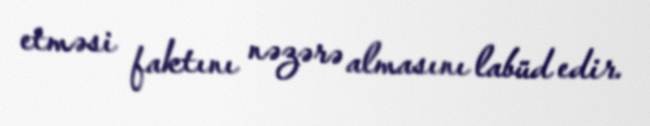
etməsi faktını nəzərə almasını labüd edir.